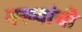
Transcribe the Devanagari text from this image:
नख्यांची